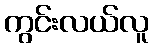
ကွင်းလယ်လူ